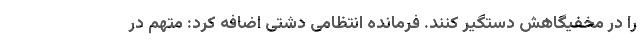
را در مخفیگاهش دستگیر کنند. فرمانده انتظامی دشتی اضافه کرد: متهم در